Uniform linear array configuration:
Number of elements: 8
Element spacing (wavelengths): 1
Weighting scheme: cosine
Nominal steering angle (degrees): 45
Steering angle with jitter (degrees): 44.309
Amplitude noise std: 0.05
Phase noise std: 0.05

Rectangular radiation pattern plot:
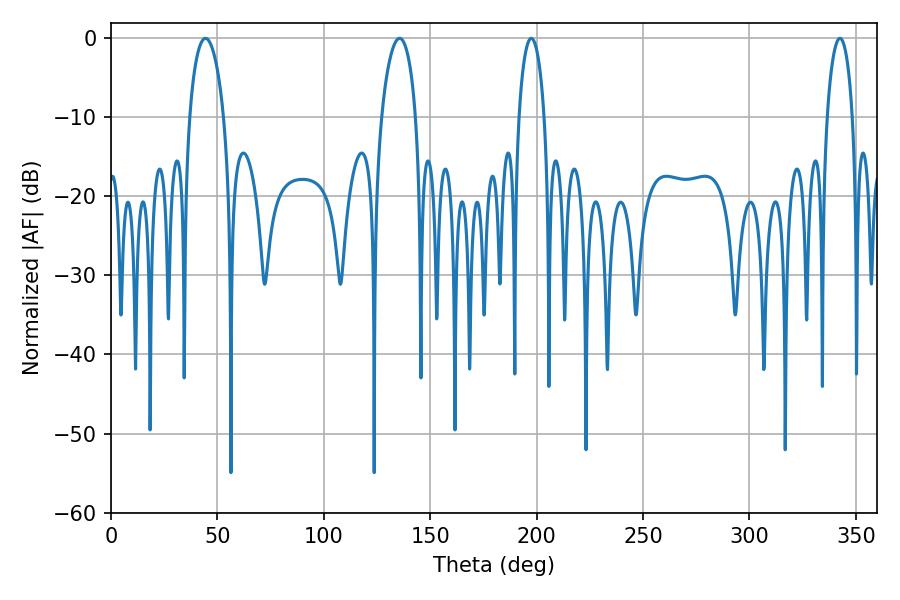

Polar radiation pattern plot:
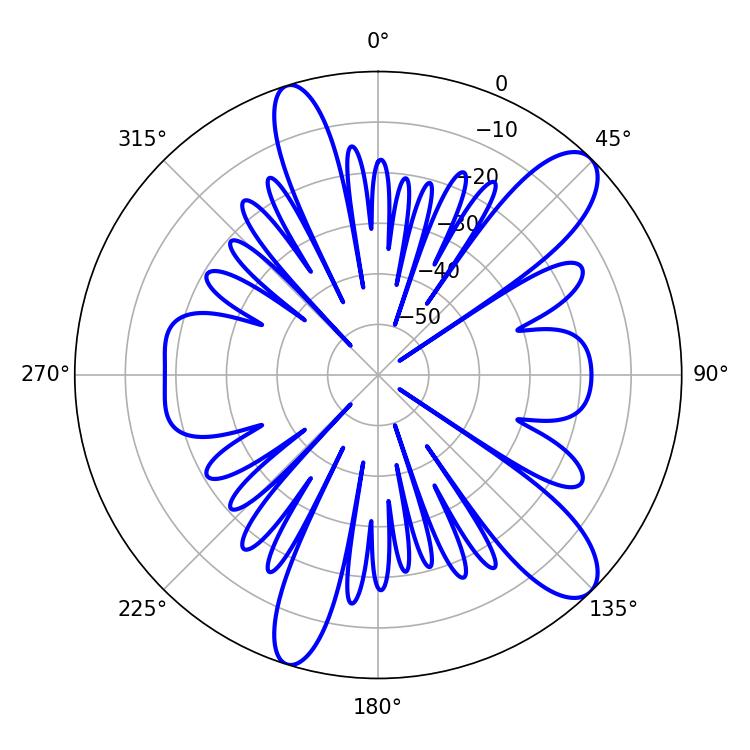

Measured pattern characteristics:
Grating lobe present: TRUE
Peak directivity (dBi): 10.945
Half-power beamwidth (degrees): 6.84
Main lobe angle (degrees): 342.54